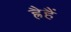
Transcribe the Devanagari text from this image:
ह्रैहैं